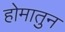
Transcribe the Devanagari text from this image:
होमातुन